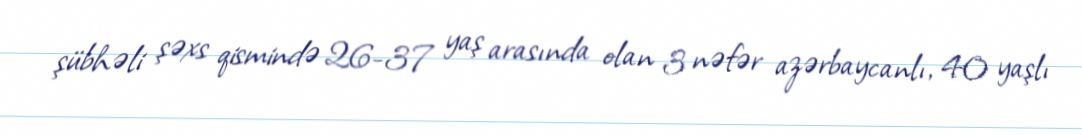
şübhəli şəxs qismində 26-37 yaş arasında olan 3 nəfər azərbaycanlı, 40 yaşlı